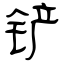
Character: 铲